Vaccination in Bombay 1924-1928 - 1924-1928
Year: 1924
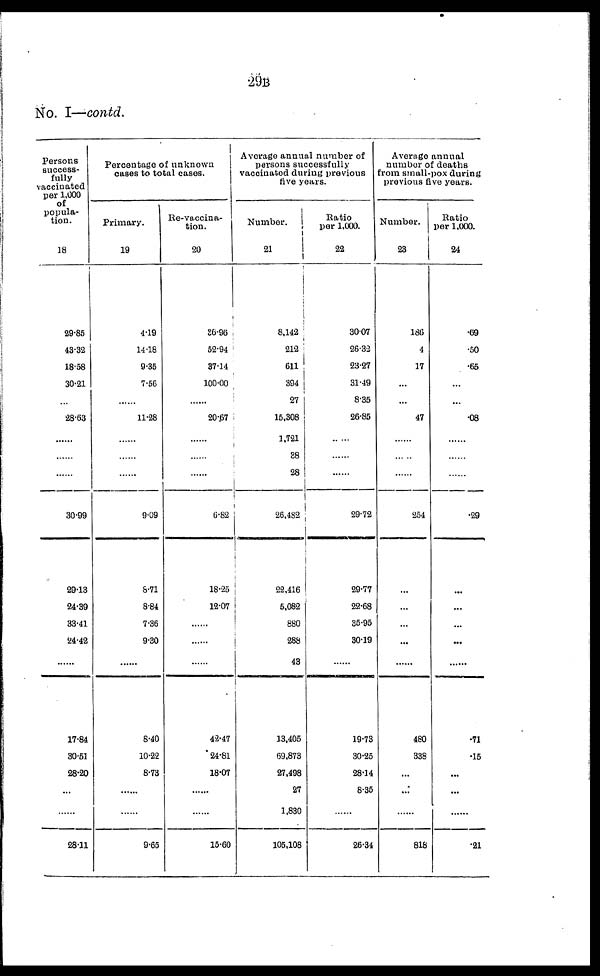
29B
No. I—contd.
Persons
success-
fully
vaccinated
per 1,000
of
popula-
tion.
18
29.85
43.32
18.58
30.21
...
28.63
......
......
......
30.99
29.13
24.39
33.41
24.42
......
17.84
30.51
28.20
...
......
28.11
Percentage of unknown
cases to total cases.
Primary.
19
4.19
14.18
9.35
7.56
......
11.28
......
......
......
9.09
8.71
8.84
7.36
9.30
......
8.40
10.22
8.73
......
......
9.65
Re-vaccina-
tion.
20
36.96
52.94
37.14
100.00
......
20.67
......
......
......
6.82
18.25
12.07
......
......
......
42.47
24.81
18.07
......
......
15.60
Average annual number of
persons successfully
vaccinated during previous
five years.
Number.
21
8,142
212
611
394
27
15,308
1,721
38
28
26,482
22,416
5,082
880
288
43
13,405
69,873
27,498
27
1,830
105,108
Ratio
per 1,000.
22
30.07
26.32
23.27
31.49
8.35
26.85
......
......
......
29.72
29.77
22.68
35.95
30.19
......
19.73
30.25
28.14
8.35
......
26.34
Average annual
number of deaths
from small-pox during
previous five years.
Number.
23
186
4
17
...
...
47
......
......
......
254
...
...
...
...
......
480
338
...
...
......
818
Ratio
per 1,000.
24
.69
.50
.65
...
...
.08
......
......
......
.29
...
...
...
...
......
.71
.15
...
...
......
.21